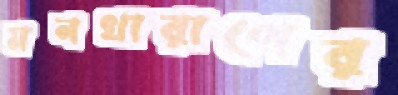
মনখারাপের